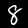
Digit: 8